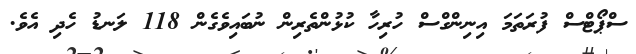
ސްޕޯޓްސް ފުރަތަމަ އިނިންގްސް ހުރިހާ ކުޅުންތެރިން ނުބައިވެގެން 118 ލަނޑު ހެދި އެވެ.